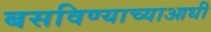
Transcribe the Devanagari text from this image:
बसविण्याच्याआधी